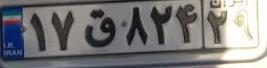
۱۷ق۸۲۴۲۹